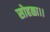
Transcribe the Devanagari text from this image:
सोहळा।।